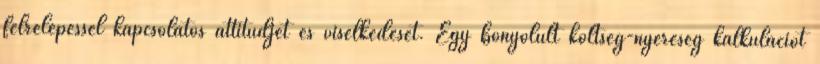
félrelépéssel kapcsolatos attitűdjét és viselkedését. Egy bonyolult költség-nyereség kalkulációt